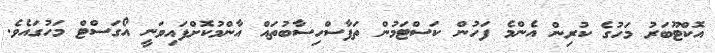
އޮކްޓޫބަރު މަހުގެ ކުރިން އެންމެ ފަހުން ކަސްޓަމުން ތަފާސްހިސާބުތައް އާންމުކޮށްފައިވަނީ އޯގަސްޓް މަހުގައެވެ.